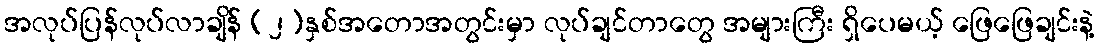
အလုပ်ပြန်လုပ်လာချိန် (၂)နှစ်အတောအတွင်းမှာ လုပ်ချင်တာတွေ အများကြီး ရှိပေမယ့် ဖြေဖြေချင်းနဲ့